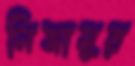
নিজামুর